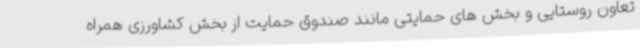
تعاون روستایی و بخش های حمایتی مانند صندوق حمایت از بخش کشاورزی همراه